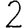
Digit: 2